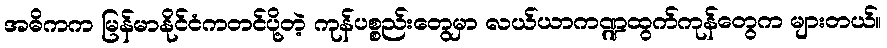
အဓိကက မြန်မာနိုင်ငံကတင်ပို့တဲ့ ကုန်ပစ္စည်းတွေမှာ လယ်ယာကဏ္ဍထွက်ကုန်တွေက များတယ်။